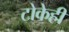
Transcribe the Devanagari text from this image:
टोकेही